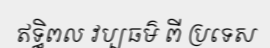
ឥទ្ធិពល វប្បធម៌ ពី ប្រទេស